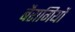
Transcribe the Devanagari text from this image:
बैरागियों